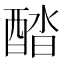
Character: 𨡍